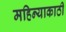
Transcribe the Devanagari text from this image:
महिन्याकाठी